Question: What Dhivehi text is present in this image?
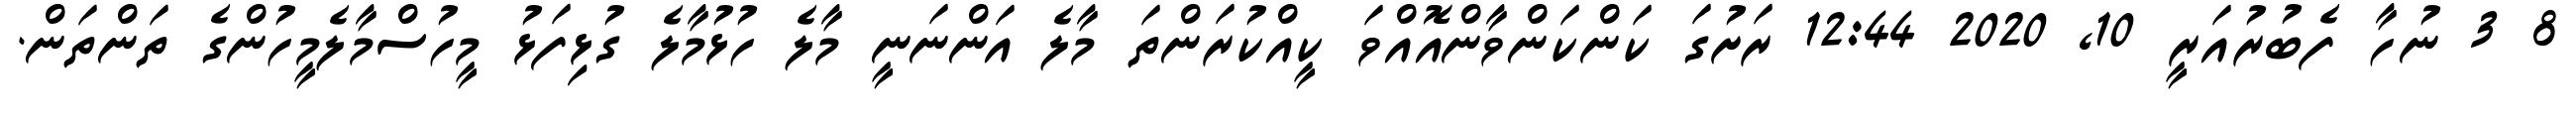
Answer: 8 3 ނުހާ ފެބުރުއަރީ 10, 2020 12:44 ރަށުގަ ކަންކަންވާންއޮއްވަ ކީއްކުރަންތަ މާލެ އަންނަނީ މާލެ ހުޅުމާލެ ގުޅިފަޅު މީހުސްމާލެމީހުންގެ ތަންތަން.